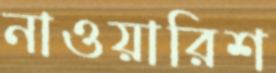
নাওয়ারিশ